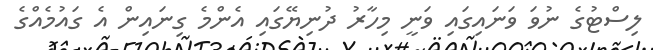
ލިސްޓުގެ ނުވަ ވަނައިގައި ވަނީ މިހާރު ދުނިޔޭގައި އެންމެ ގިނައިން އެ ގައުމެއްގެ